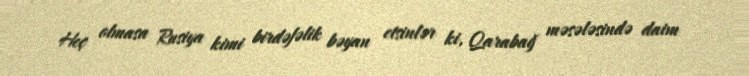
Heç olmasa Rusiya kimi birdəfəlik bəyan etsinlər ki, Qarabağ məsələsində daim